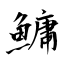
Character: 鱅